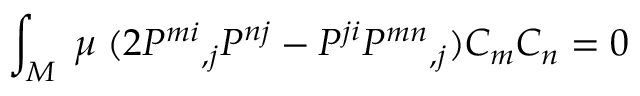
\int _ { M } \; \mu \; ( 2 P ^ { m i } { } _ { , j } P ^ { n j } - P ^ { j i } P ^ { m n } { } _ { , j } ) C _ { m } C _ { n } = 0